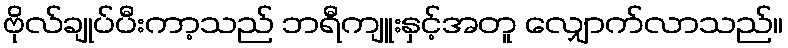
ဗိုလ်ချုပ်ပီးကာ့သည် ဘရီကျူးနှင့်အတူ လျှောက်လာသည်။